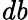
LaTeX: \mathit{db}